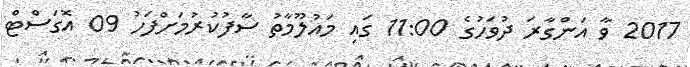
2017 ވާ އަންގާރަ ދުވަހުގެ 11:00 ގައި މައުލޫމާތު ސާފުކުރުމަށްފަހު 09 އޮގަސްޓް